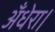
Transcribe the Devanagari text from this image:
अँधेरा।